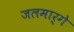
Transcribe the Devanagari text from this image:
जलमार्गे